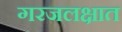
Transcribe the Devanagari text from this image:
गरजलक्षात